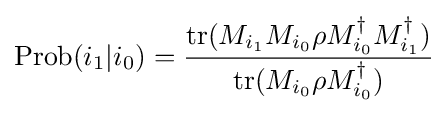
{\text{Prob}}(i_{1}|i_{0})={\operatorname {tr} (M_{i_{1}}M_{i_{0}}\rho M_{i_{0}}^{\dagger }M_{i_{1}}^{\dagger }) \over {\rm {tr}}(M_{i_{0}}\rho M_{i_{0}}^{\dagger })}